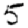
Digit: 5